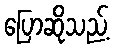
ပြောဆိုသည့်